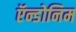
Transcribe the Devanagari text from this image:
ऍन्डोनिम